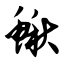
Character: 鳅